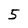
Character: 5